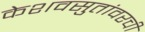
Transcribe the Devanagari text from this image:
केशवसुतांवरची